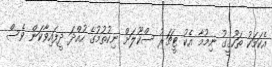
އެކަމަކު ތަހުގީގު ނިމުމާ އެކު ޓީޗަރު ސްކޫލަށް ނިކުތުމުގެ ހުއްދަ ދީފައިވާކަން ވެސް